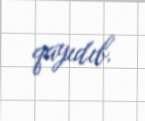
qayıdıb.